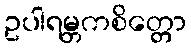
ဥပါရမ္ဘကစိတ္တော